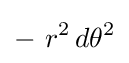
-~r^{2}\,d\theta ^{2}